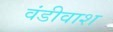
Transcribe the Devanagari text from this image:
वंडीवाश